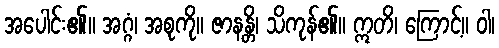
အပေါင်း၏။ အဂ္ဂံ၊ အစုကို။ ဇာနန္တိ၊ သိကုန်၏။ ဣတိ၊ ကြောင့်။ ဝါ၊